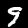
Label: 9